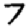
Digit: 7